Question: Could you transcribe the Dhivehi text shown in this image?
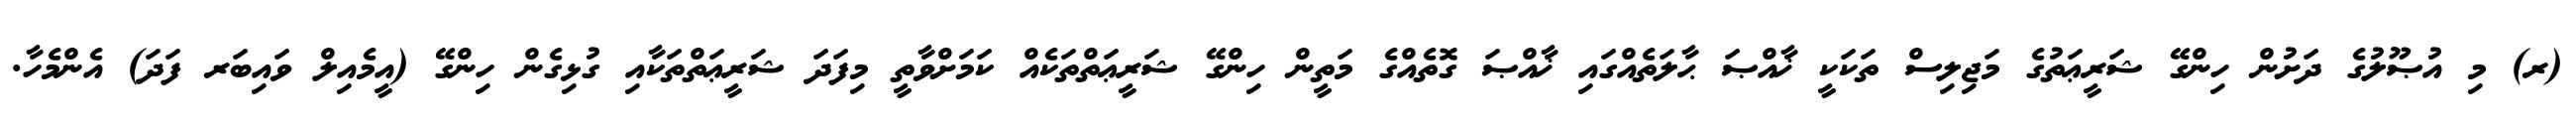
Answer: (ރ) މި އުޞޫލުގެ ދަށުން ހިންގޭ ޝަރީޢަތުގެ މަޖިލިސް ތަކަކީ ޚާއްޞަ ޙާލަތެއްގައި ޚާއްޞަ ގޮތެއްގެ މަތީން ހިންގޭ ޝަރީޢަތްތަކެއް ކަމަށްވާތީ މިފަދަ ޝަރީޢަތްތަކާއި ގުޅިގެން ހިންގޭ (އީމެއިލް ވައިބަރ ފަދަ) އެންމެހާ.